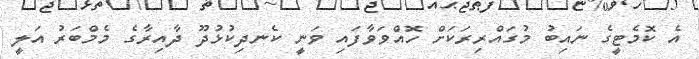
އެ ކޮމެޓީގެ ނައިބު މުގައްރިރަކަށް ހޮއްވަވާފައި ވަނީ ކެނދިކުޅުދޫ ދާއިރާގެ މެމްބަރު އަލީ